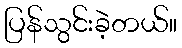
ပြန်သွင်းခဲ့တယ်။